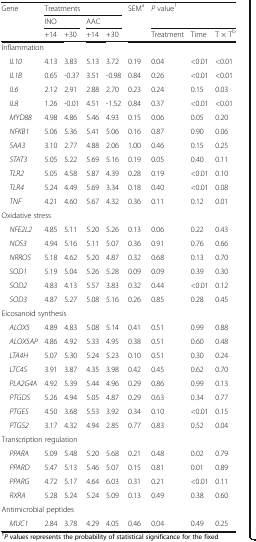
<table><thead><tr><td rowspan="3"><b>Gene</b></td><td colspan="4"><b>Treatments</b></td><td rowspan="3"><b>SEM<sup>a</sup></b></td><td rowspan="2" colspan="3"><b><i>P</i> value<sup>1</sup></b></td></tr><tr><td colspan="2"><b>INO</b></td><td colspan="2"><b>AAC</b></td></tr><tr><td><b>+14</b></td><td><b>+30</b></td><td><b>+14</b></td><td><b>+30</b></td><td><b>Treatment</b></td><td><b>Time</b></td><td><b>T × T<sup>b</sup></b></td></tr></thead><tbody><tr><td colspan="9">Inflammation</td></tr><tr><td> <i>IL10</i></td><td>4.13</td><td>3.83</td><td>5.13</td><td>3.72</td><td>0.19</td><td>0.04</td><td>&lt;0.01</td><td>&lt;0.01</td></tr><tr><td> <i>IL1B</i></td><td>0.65</td><td>-0.37</td><td>3.51</td><td>-0.98</td><td>0.84</td><td>0.26</td><td>&lt;0.01</td><td>&lt;0.01</td></tr><tr><td> <i>IL6</i></td><td>2.12</td><td>2.91</td><td>2.88</td><td>2.70</td><td>0.23</td><td>0.24</td><td>0.15</td><td>0.03</td></tr><tr><td> <i>IL8</i></td><td>1.26</td><td>-0.01</td><td>4.51</td><td>-1.52</td><td>0.84</td><td>0.37</td><td>&lt;0.01</td><td>&lt;0.01</td></tr><tr><td> <i>MYD88</i></td><td>4.98</td><td>4.86</td><td>5.46</td><td>4.93</td><td>0.15</td><td>0.06</td><td>0.05</td><td>0.20</td></tr><tr><td> <i>NFKB1</i></td><td>5.06</td><td>5.36</td><td>5.41</td><td>5.06</td><td>0.16</td><td>0.87</td><td>0.90</td><td>0.06</td></tr><tr><td> <i>SAA3</i></td><td>3.10</td><td>2.77</td><td>4.88</td><td>2.06</td><td>1.00</td><td>0.46</td><td>0.15</td><td>0.25</td></tr><tr><td> <i>STAT3</i></td><td>5.05</td><td>5.22</td><td>5.69</td><td>5.16</td><td>0.19</td><td>0.05</td><td>0.40</td><td>0.11</td></tr><tr><td> <i>TLR2</i></td><td>5.05</td><td>4.58</td><td>5.87</td><td>4.39</td><td>0.28</td><td>0.19</td><td>&lt;0.01</td><td>0.10</td></tr><tr><td> <i>TLR4</i></td><td>5.24</td><td>4.49</td><td>5.69</td><td>3.34</td><td>0.18</td><td>0.40</td><td>&lt;0.01</td><td>0.08</td></tr><tr><td> <i>TNF</i></td><td>4.21</td><td>4.60</td><td>5.67</td><td>4.32</td><td>0.36</td><td>0.11</td><td>0.12</td><td>0.01</td></tr><tr><td colspan="9">Oxidative stress</td></tr><tr><td> <i>NFE2L2</i></td><td>4.85</td><td>5.11</td><td>5.20</td><td>5.26</td><td>0.13</td><td>0.06</td><td>0.22</td><td>0.43</td></tr><tr><td> <i>NOS3</i></td><td>4.94</td><td>5.16</td><td>5.11</td><td>5.07</td><td>0.36</td><td>0.91</td><td>0.76</td><td>0.66</td></tr><tr><td> <i>NRROS</i></td><td>5.18</td><td>4.62</td><td>5.20</td><td>4.87</td><td>0.32</td><td>0.68</td><td>0.13</td><td>0.70</td></tr><tr><td> <i>SOD1</i></td><td>5.19</td><td>5.04</td><td>5.26</td><td>5.28</td><td>0.09</td><td>0.09</td><td>0.39</td><td>0.30</td></tr><tr><td> <i>SOD2</i></td><td>4.83</td><td>4.13</td><td>5.57</td><td>3.83</td><td>0.32</td><td>0.44</td><td>&lt;0.01</td><td>0.12</td></tr><tr><td> <i>SOD3</i></td><td>4.87</td><td>5.27</td><td>5.08</td><td>5.16</td><td>0.26</td><td>0.85</td><td>0.28</td><td>0.45</td></tr><tr><td colspan="9">Eicosanoid synthesis</td></tr><tr><td> <i>ALOX5</i></td><td>4.89</td><td>4.83</td><td>5.08</td><td>5.14</td><td>0.41</td><td>0.51</td><td>0.99</td><td>0.88</td></tr><tr><td> <i>ALOX5AP</i></td><td>4.86</td><td>4.92</td><td>5.33</td><td>4.95</td><td>0.38</td><td>0.51</td><td>0.60</td><td>0.48</td></tr><tr><td> <i>LTA4H</i></td><td>5.07</td><td>5.30</td><td>5.24</td><td>5.23</td><td>0.10</td><td>0.51</td><td>0.30</td><td>0.24</td></tr><tr><td> <i>LTC4S</i></td><td>3.91</td><td>3.87</td><td>4.35</td><td>3.98</td><td>0.42</td><td>0.45</td><td>0.62</td><td>0.70</td></tr><tr><td> <i>PLA2G4A</i></td><td>4.92</td><td>5.39</td><td>5.44</td><td>4.96</td><td>0.29</td><td>0.86</td><td>0.99</td><td>0.13</td></tr><tr><td> <i>PTGDS</i></td><td>5.26</td><td>4.94</td><td>5.05</td><td>4.87</td><td>0.29</td><td>0.63</td><td>0.34</td><td>0.77</td></tr><tr><td> <i>PTGES</i></td><td>4.50</td><td>3.68</td><td>5.53</td><td>3.92</td><td>0.34</td><td>0.10</td><td>&lt;0.01</td><td>0.15</td></tr><tr><td> <i>PTGS2</i></td><td>3.17</td><td>4.32</td><td>4.94</td><td>2.85</td><td>0.77</td><td>0.83</td><td>0.52</td><td>0.04</td></tr><tr><td colspan="9">Transcription regulation</td></tr><tr><td> <i>PPARA</i></td><td>5.09</td><td>5.48</td><td>5.20</td><td>5.68</td><td>0.21</td><td>0.48</td><td>0.02</td><td>0.79</td></tr><tr><td> <i>PPARD</i></td><td>5.47</td><td>5.13</td><td>5.46</td><td>5.07</td><td>0.15</td><td>0.81</td><td>0.01</td><td>0.89</td></tr><tr><td> <i>PPARG</i></td><td>4.72</td><td>5.17</td><td>4.64</td><td>6.03</td><td>0.31</td><td>0.21</td><td>&lt;0.01</td><td>0.11</td></tr><tr><td> <i>RXRA</i></td><td>5.28</td><td>5.24</td><td>5.24</td><td>5.09</td><td>0.13</td><td>0.49</td><td>0.38</td><td>0.60</td></tr><tr><td colspan="9">Antimicrobial peptides</td></tr><tr><td> <i>MUC1</i></td><td>2.84</td><td>3.78</td><td>4.29</td><td>4.05</td><td>0.46</td><td>0.04</td><td>0.49</td><td>0.25</td></tr></tbody></table>